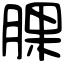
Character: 腂